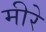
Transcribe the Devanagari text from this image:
मीरे